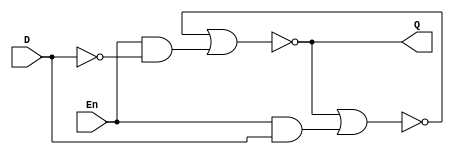
module d_latch(Q, D, En);
    input En, D;
    output Q;
    wire up_wire, down_wire, not_D, Q_bar;
    not not1(not_D, D);
    and and1(up_wire, En, not_D);
    and and2(down_wire, En, D);
    nor nor1(Q, Q_bar, up_wire);
    nor nor2(Q_bar, Q, down_wire);
endmodule